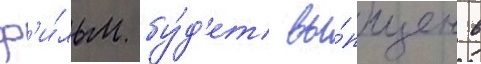
ф'и́льм бу́д'ет вы́пущен в